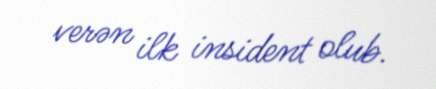
verən ilk insident olub.